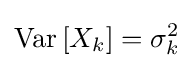
\mathrm {Var} \,[X_{k}]=\sigma _{k}^{2}